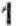
1